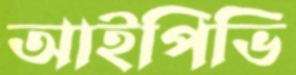
আইপিভি